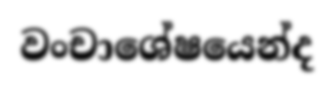
වංචාශේෂයෙන්ද